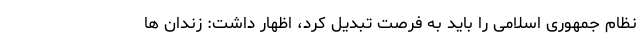
نظام جمهوری اسلامی را باید به فرصت تبدیل کرد، اظهار داشت: زندان ها